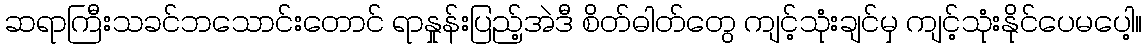
ဆရာကြီးသခင်ဘသောင်းတောင် ရာနှုန်းပြည့်အဲဒီ စိတ်ဓါတ်တွေ ကျင့်သုံးချင်မှ ကျင့်သုံးနိုင်ပေမပေါ့။